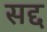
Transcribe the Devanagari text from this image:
सद्द